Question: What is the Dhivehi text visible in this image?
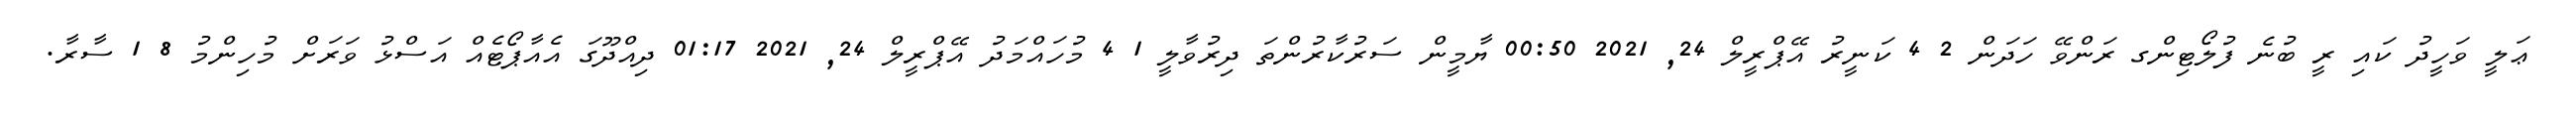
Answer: ޢަލީ ވަހީދު ކައި ރީ ބުނެ ފުލޯޓިންގ ރަންވޭ ހަދަން 2 4 ކަނީރު އޭޕްރީލް 24, 2021 00:50 ޔާމީން ސަރުކާރުންތަ ދިރުވާލީ 1 4 މުހައްމަދު އޭޕްރީލް 24, 2021 01:17 ދިއްދޫގަ އެއާޕޯޓެއް އަސްޅު ވަރަށް މުހިންމު 8 1 ސާރާ.